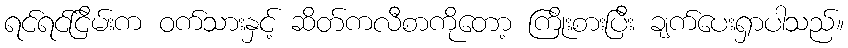
ရင်ရင်ငြိမ်းက ဝက်သားနှင့် ဆိတ်ကလီစာကိုတော့ ကြိုးစားပြီး ချက်ပေးရှာပါသည်။